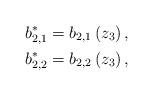
LaTeX: \begin{align*}b_{2,1}^{\ast} & =b_{2,1}\left( z_{3}\right) ,\\b_{2,2}^{\ast} & =b_{2,2}\left( z_{3}\right) ,\end{align*}